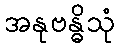
အနုဗန္ဓိသုံ